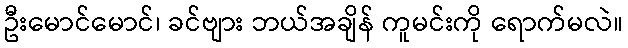
ဦးမောင်မောင်၊ ခင်ဗျား ဘယ်အချိန် ကူမင်းကို ရောက်မလဲ။